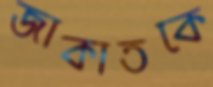
জাকাতকে